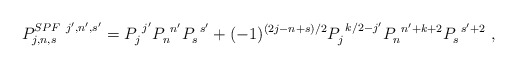
\begin{align*}P^{SPF~j',n',s'}_{j,n,s} = P_j^{~j'} P_n^{~n'} P_s^{~s'} + (-1)^{(2j-n+s)/2} P_j^{~k/2-j'} P_n^{~n'+k+2} P_s^{~s'+2} ~,\end{align*}